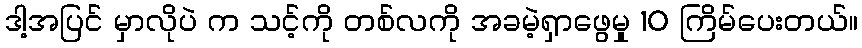
ဒါ့အပြင် မှာလိုပဲ က သင့်ကို တစ်လကို အခမဲ့ရှာဖွေမှု 10 ကြိမ်ပေးတယ်။